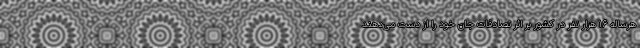
هرساله ۱۶ هزار نفر در کشور بر اثر تصادفات جان خود را از دست می‌دهند